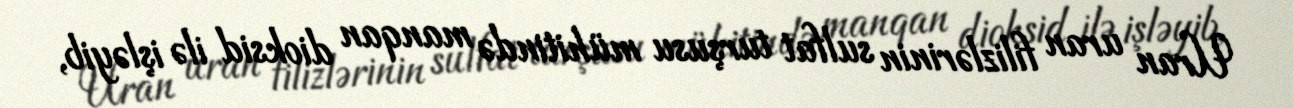
Uran uran filizlərinin sulfat turşusu mühitində manqan dioksid ilə işləyib,